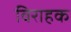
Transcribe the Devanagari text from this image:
विराहक